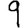
Digit: 9